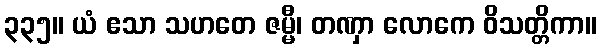
၃၃၅။ ယံ ဧသာ သဟတေ ဇမ္မီ၊ တဏှာ လောကေ ဝိသတ္တိကာ။